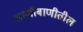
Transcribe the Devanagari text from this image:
आणीबाणीतील